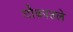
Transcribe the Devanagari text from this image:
चौकातले